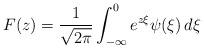
LaTeX: \begin{align*}F(z) =\frac{1}{\sqrt{2\pi}} \int_{-\infty}^0 e^{z \xi} \psi(\xi)\, d\xi\end{align*}